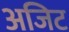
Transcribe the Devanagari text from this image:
अजिट